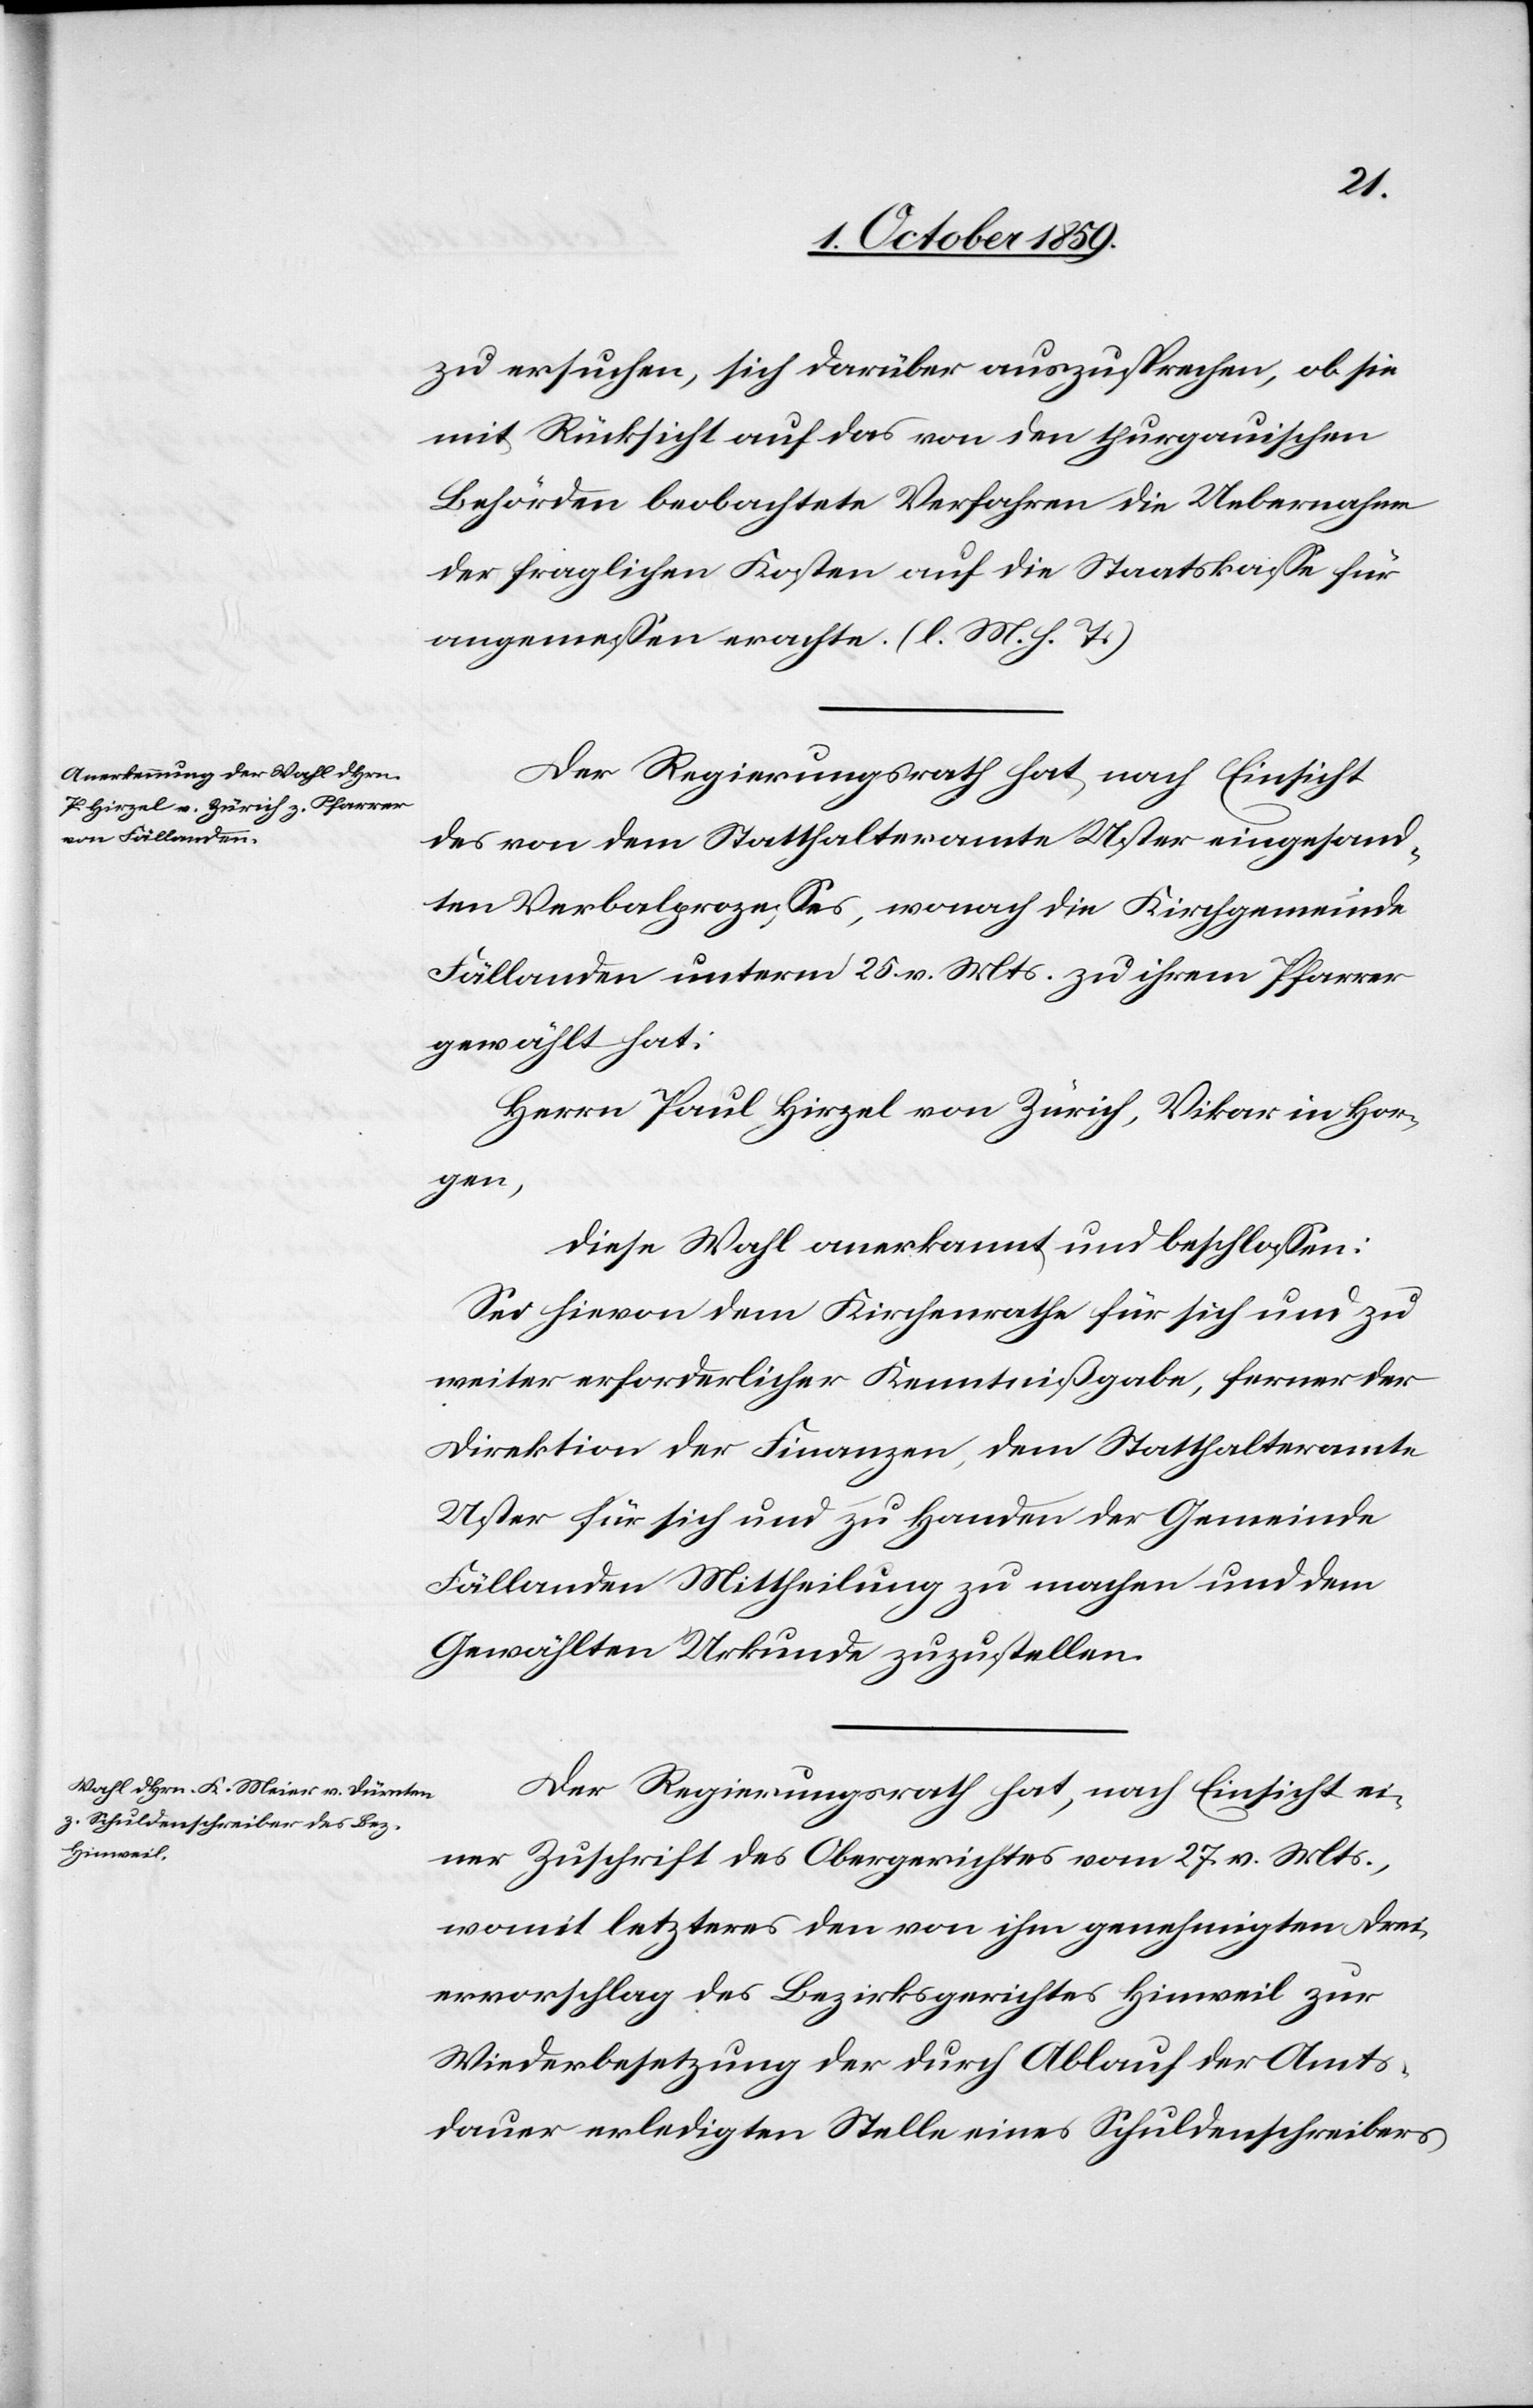
zu ersuchen, sich darüber auszusprechen, ob sie
mit Rücksicht auf das von den thurgauischen
Behörden beobachtete Verfahren die Uebernahme
der fraglichen Kosten auf die Staatskasse für
angemessen erachte. (l. M. h. T.)
Der Regierungsrath hat, nach Einsicht
des von dem Statthalteramte Uster eingesand¬
ten Verbalprozesses, wonach die Kirchgemeinde
Fällanden unterm 25. v. Mts. zu ihrem Pfarrer
gewählt hat:
Herrn Paul Hirzel von Zürich, Vikar in Hor¬
gen,
diese Wahl anerkannt und beschlossen:
Sei hievon dem Kirchenrathe für sich und zu
weiter erforderlicher Kenntnißgabe, ferner der
Direktion der Finanzen, dem Statthalteramte
Uster für sich und zu Handen der Gemeinde
Fällanden Mittheilung zu machen und dem
Gewählten Urkunde zuzustellen.
Der Regierungsrath hat, nach Einsicht ei¬
ner Zuschrift des Obergerichtes vom 27. v. Mts.,
womit letzteres den von ihm genehmigten Drei¬
ervorschlag des Bezirksgerichtes Hinweil zur
Wiederbesetzung der durch Ablauf der Amts¬
dauer erledigten Stelle eines Schuldenschreibers